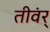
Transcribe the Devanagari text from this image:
तीवंर्